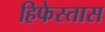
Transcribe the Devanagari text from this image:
हिफेस्तास